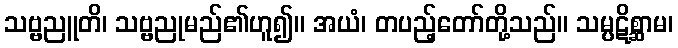
သဗ္ဗညူတိ၊ သဗ္ဗညုမည်၏ဟူ၍။ အယံ၊ တပည့်တော်တို့သည်။ သမ္ပဋိစ္ဆာမ၊